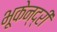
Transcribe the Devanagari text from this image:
भूकेन्द्री